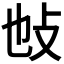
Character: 𢻫